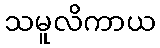
သမူလိကာယ